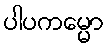
ပါပကမ္မော